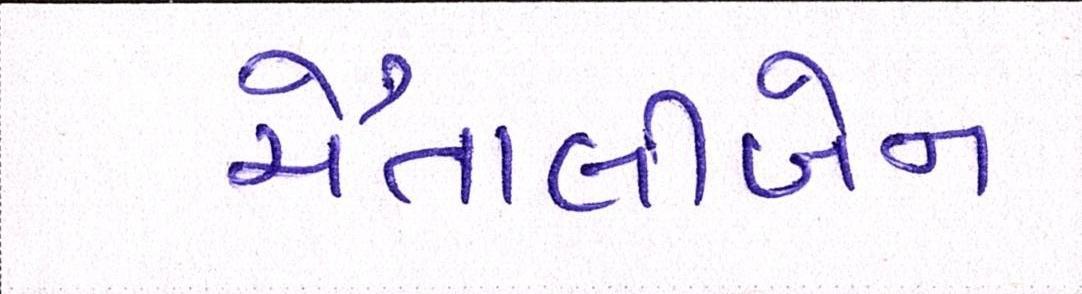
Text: ચૈતાલીબેન